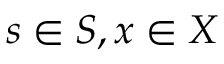
s \in S , x \in X